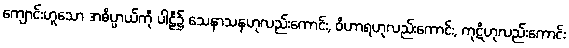
ကျောင်းဟူသော အဓိပ္ပာယ်ကို ပါဠိ၌ သေနာသနဟုလည်းကောင်း, ဝိဟာရဟုလည်းကောင်း, ကုဋိဟုလည်းကောင်း